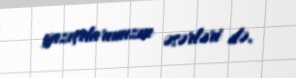
yazıçılarımızın əsərləri də.